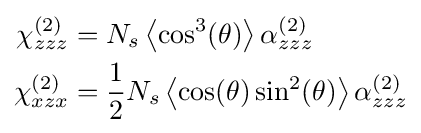
{\begin{aligned}\chi _{zzz}^{(2)}&=N_{s}\left\langle \cos ^{3}(\theta )\right\rangle \alpha _{zzz}^{(2)}\\\chi _{xzx}^{(2)}&={\frac {1}{2}}N_{s}\left\langle \cos(\theta )\sin ^{2}(\theta )\right\rangle \alpha _{zzz}^{(2)}\end{aligned}}